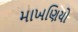
માખણિયો